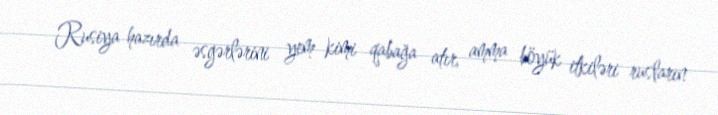
Rusiya hazırda əsgərlərini yem kimi qabağa atır, amma böyük itkiləri rusların